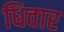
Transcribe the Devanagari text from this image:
धिवार